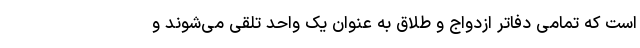
است که تمامی دفاتر ازدواج و طلاق به عنوان یک واحد تلقی می‌شوند و